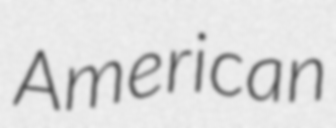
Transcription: American